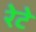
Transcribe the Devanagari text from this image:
रेटे